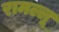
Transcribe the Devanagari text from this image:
रामल्लू